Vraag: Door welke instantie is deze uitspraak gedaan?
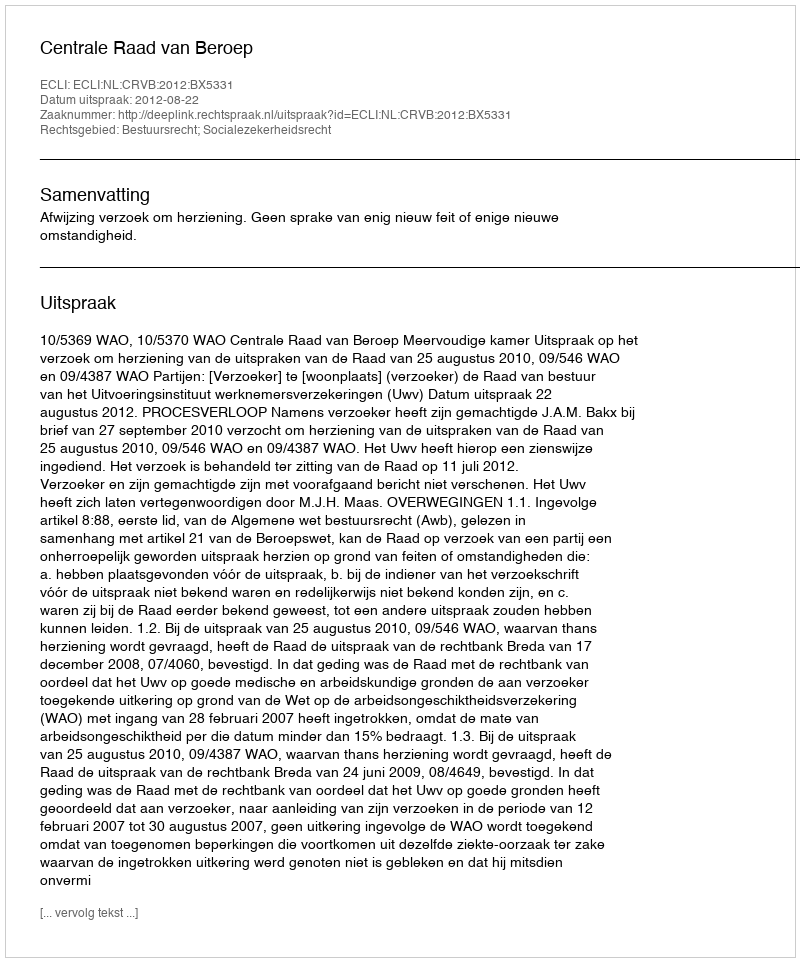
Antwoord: Centrale Raad van Beroep